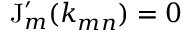
\mathrm { J } _ { m } ^ { \prime } ( k _ { m n } ) = 0